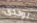
لوحدى